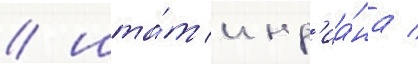
/ шта́т инд'иа́на /